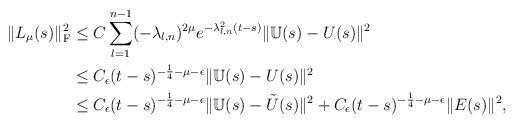
LaTeX: \begin{align*}\|L_{\mu}(s)\|^2_{\mathrm F}&\le C \sum_{l=1}^{n-1}(-\lambda_{l,n})^{2\mu}e^{-\lambda^2_{l,n}(t-s)}\|\mathbb U(s)-U(s)\|^2\\&\le C_\epsilon(t-s)^{-\frac{1}{4}-\mu-\epsilon}\|\mathbb U(s)-U(s)\|^2\\&\le C_\epsilon(t-s)^{-\frac{1}{4}-\mu-\epsilon}\|\mathbb U(s)-\tilde U(s)\|^2+C_\epsilon(t-s)^{-\frac{1}{4}-\mu-\epsilon}\|E(s)\|^2,\end{align*}